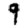
Digit: 9